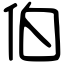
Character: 伯